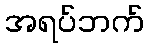
အရပ်ဘက်